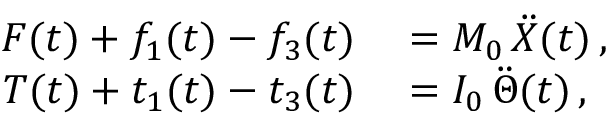
\begin{array} { r l } { F ( t ) + f _ { 1 } ( t ) - f _ { 3 } ( t ) } & { { } = M _ { 0 } \, \ddot { X } ( t ) \, , } \\ { T ( t ) + t _ { 1 } ( t ) - t _ { 3 } ( t ) } & { { } = I _ { 0 } \, \ddot { \Theta } ( t ) \, , } \end{array}